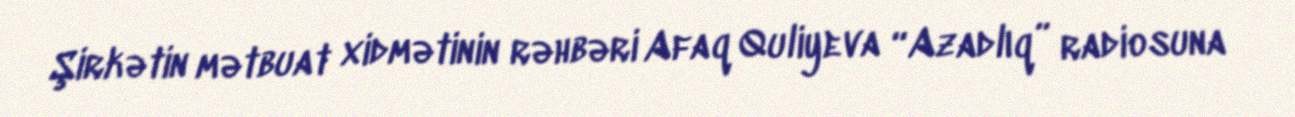
Şirkətin mətbuat xidmətinin rəhbəri Afaq Quliyeva “Azadlıq” radiosuna